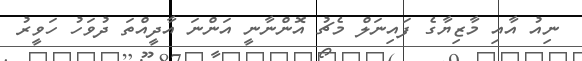
ނިއު އާއި މާޒިޔާގެ ފައިނަލް މެޗު އޮންނާނީ އަންނަ އާދީއްތަ ދުވަހު ހަވީރު